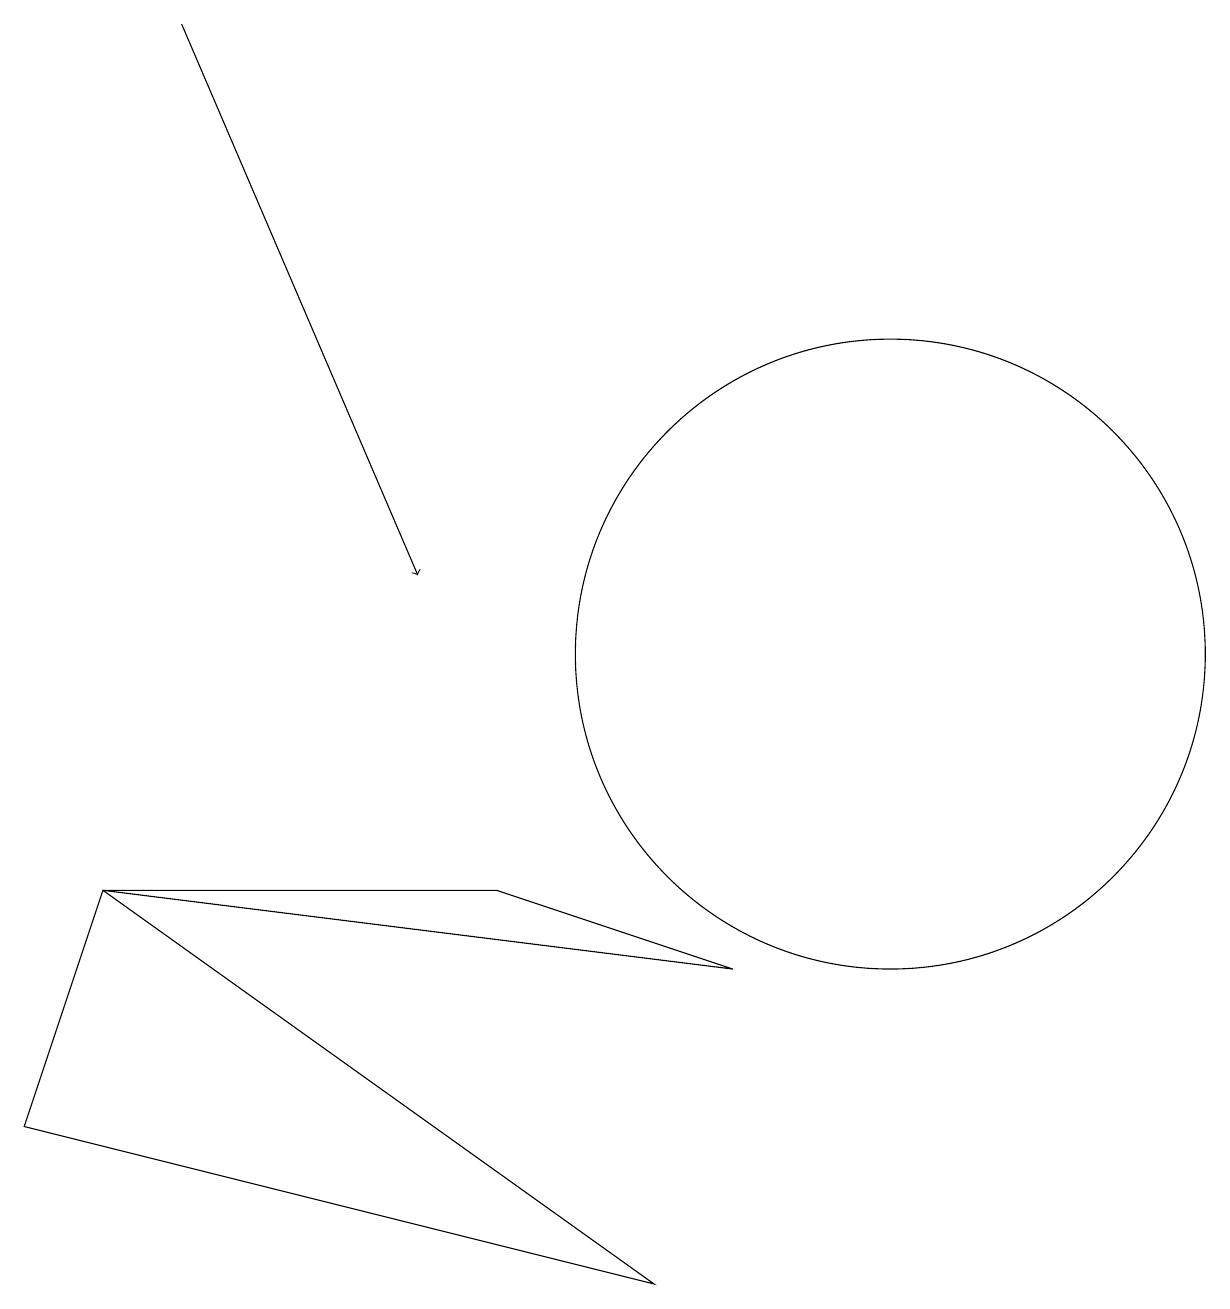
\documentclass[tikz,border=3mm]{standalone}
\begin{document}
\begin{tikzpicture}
\draw (9,7) -- (6,8) -- (1,8) -- cycle;
\draw (8,3) -- (0,5) -- (1,8) -- cycle;
\draw (11,11) circle (4);
\draw[->] (2,19) -- (5,12);
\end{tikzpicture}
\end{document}